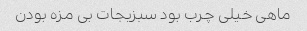
ماهی خیلی چرب بود سبزیجات بی مزه بودن